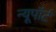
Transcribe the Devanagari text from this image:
न्यूपाॅर्ट